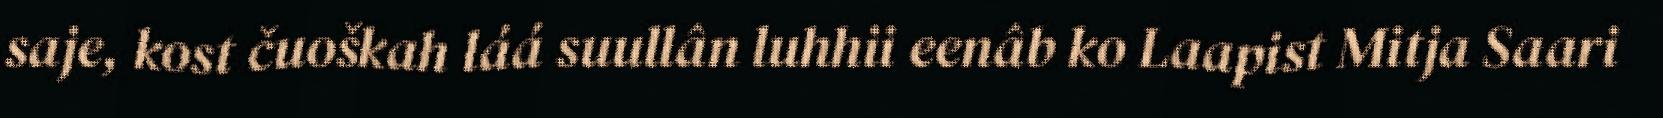
saje, kost čuoškah láá suullân luhhii eenâb ko Laapist Mitja Saari